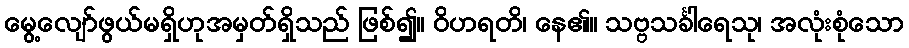
မွေ့လျော်ဖွယ်မရှိဟုအမှတ်ရှိသည် ဖြစ်၍။ ဝိဟရတိ၊ နေ၏။ သဗ္ဗသင်္ခါရေသု၊ အလုံးစုံသော